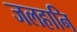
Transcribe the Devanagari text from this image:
जलहानि